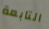
التابعة